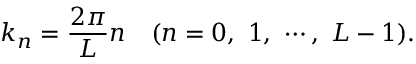
k _ { n } = \frac { 2 \pi } { L } n \ \ \ ( n = 0 , \ 1 , \ \cdots , \ L - 1 ) .